Lunatic asylums in Bengal annual reports 1899-1911 - 1899-1911
Year: 1899
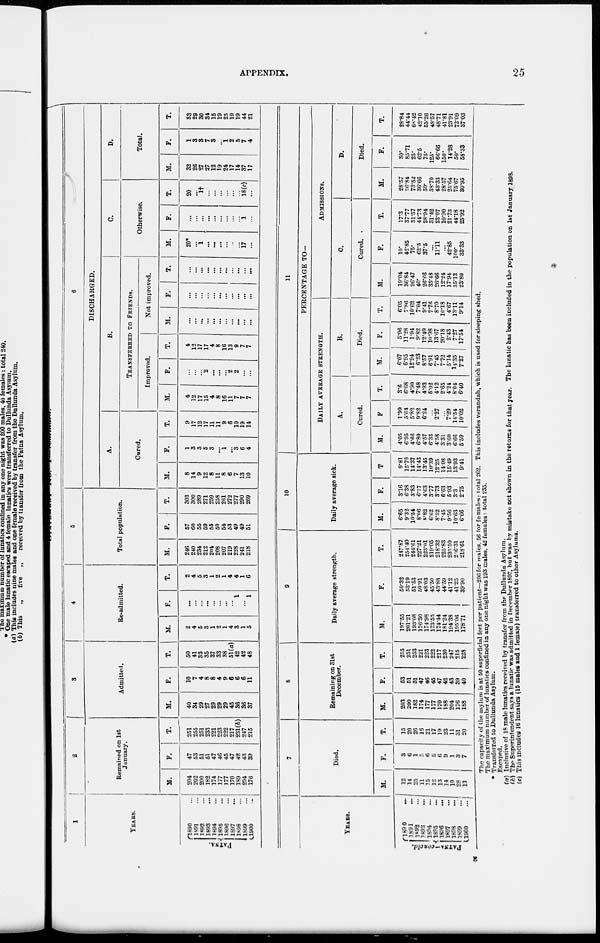
APPENDIX.
25
1
YEARS.
PATNA.
1890 ...
1891 ...
1892 ...
1893 ...
1894 ...
1895 ...
1896 ...
1897 ...
1898 ...
1899 ...
1900 ...
2
Remained on 1st
January.
M.
204
202
200
182
174
177
177
170
189
204
176
F.
47
53
51
51
47
46
45
47
42
43
39
T.
251
255
251
233
221
223
222
217
231(b)
247
215
3
Admitted.
M.
40
34
29
27
29
29
29
45
36
36
37
F.
10
7
4
8
8
4
9
6
6
6
11
T.
50
41
33
35
37
33
38
51(a)
42
42
48
4
Re-admitted.
M.
2
4
5
3
1
2
1
4
3
1
5
F.
...
...
...
...
...
...
...
...
1
...
1
T.
2
4
5
3
1
2
1
4
4
1
6
5
Total population.
M.
246
240
234
212
204
208
207
219
228
241
218
F.
57
60
55
59
55
50
54
53
49
49
51
T.
303
300
289
271
259
258
261
272
277
290
269
6
DISCHARGED.
A.
Cured.
M.
8
14
9
12
8
11
8
6
7
13
10
F.
1
3
3
5
3
...
1
...
3
6
4
T.
9
17
12
17
11
11
9
6
10
19
14
B.
TRANSFERRED TO FRIENDS.
Improved.
M.
4
12
17
15
4
8
16
11
7
7
7
F.
...
...
...
2
...
...
...
2
2
...
...
T.
4
12
17
17
4
8
16
13
9
7
7
Not improved.
M.
...
...
...
...
...
...
...
...
...
...
...
F.
...
...
...
...
...
...
...
...
...
...
...
T.
...
...
...
...
...
...
...
...
...
...
...
C.
Otherwise.
M.
20*
...
1
...
...
...
...
...
...
17
...
F.
...
...
...
...
...
...
...
...
1
...
T.
20
1†
...
...
...
...
...
...
18(c)
...
D.
Total.
M.
32
26
27
27
12
19
24
17
14
37
17
F.
1
3
3
7
3
...
1
2
5
7
4
T.
33
29
30
34
15
19
25
19
19
44
21
YEARS.
PATNA—concld.
1890 ...
1891
...
1892 ...
1893 ...
1894
...
1895 ...
1896 ...
1897
...
1898
...
1899
...
1990 ...
7
Died.
M.
12
14
25
11
15
12
13
14
10
28
13
F.
3
6
1
5
6
5
6
9
1
3
7
T.
15
20
26
16
21
17
19
23
11
31
20
8
Remaining on 31st
December.
M.
203
200
182
174
177
177
170
188
204
176
188
F.
53
51
51
47
46
45
47
42
43
39
40
T.
255
251
253
221
223
222
217
230
247
215
228
9
Daily average strength.
M.
197.55
201.21
193.08
176.30
174.98
173.55
174.44
181.24
194.38
195.06
178.71
F.
50.32
53.19
51.53
50.91
48.03
45.50
43.88
44.59
41.12
41.25
39.90
T.
247.87
254.40
244.61
227.21
223.01
219.05
218.32
225.83
235.50
236.3l
218.61
10
Daily average sick.
M.
6.65
9.32
10.54
8.06
8.82
6.62
8.52
7.45
9.56
10.63
6.66
F.
3.16
6.38
3.83
6.37
4.63
3.77
3.73
6.63
5.93
3.3
2.75
T.
9.81
15.70
14.37
14.43
13.45
10.39
12.25
14.08
15.49
13.93
9.41
11
PERCENTAGE TO—
DAILY AVERAGE STRENGTH.
A.
Cured.
M.
4.05
6.95
4.66
6.80
4.57
6.33
4.58
3.31
3.60
6.66
5.59
F.
1.99
5.64
5.82
9.82
6.24
...
2.27
...
7.29
14.54
10.02
T.
3.6
6.68
4.90
7.48
4.93
5.02
4.12
2.65
4.24
8.04
6.40
B.
Died.
M.
6.07
6.95
12.94
6.23
8.57
6.91
7.45
7.72
5.14
14.35
7.27
F.
5.96
11.28
1.94
9.82
12.49
10.98
13.67
20.18
2.43
7.27
17.54
T.
6.05
7.86
10.62
7.04
9.41
7.76
8.70
10.18
4.67
13.11
9.14
ADMISSIONS.
C.
Cured.
M.
19.04
36.84
26.47
40.
26.66
35.48
26.66
12.24
17.94
35.13
23.80
F.
10.
42.85
75.
62.5
37.5
...
11.11
...
42.85
100.
33.33
T.
17.3
37.77
31.57
44.73
28.94
31.42
23.07
10.90
21.73
44.18
25.92
D.
Died.
M.
28.57
36.84
73.52
36.66
50.
38.70
43.33
28.57
25.64
75.67
30.95
F.
30.
85.71
25.
62.5
75.
125.
66.66
150.
14.28
50.
58.33
T.
28.84
44.44
68.42
42.10
55.26
48.57
48.71
41.81
23.91
72.09
37.03
The capacity of the asylum is at 50 superficial feet per patient—206 for males, 56 for females: total 262. This includes verandah, which is used for sleeping shed.
The maximum number of lunatics confined in any one night was 193 males, 42 females: total 235.
* Transferred to Dullunda Asylum.
(a) Inclusive of 18 male lunatics received by transfer from the Dullunda Asylum.
(b) The Superintendent says a lunatic was admitted in December 1897, but was by mistake not shown in the returns for that year. The lunatic has been included in the population on 1st January 1898.
(c) This includes 16 lunatics (15 males and 1 female) transferred to other Asylums.
E